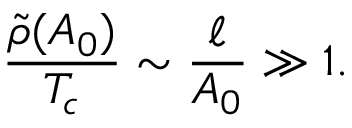
\frac { \tilde { \rho } ( A _ { 0 } ) } { T _ { c } } \sim \frac { \ell } { A _ { 0 } } \gg 1 .